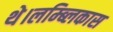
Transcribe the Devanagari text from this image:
थे।लम्ब्लिकास